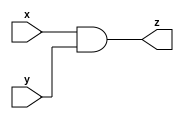
module and_m(output z, input x, input y);
    assign
        z = x&y;
endmodule